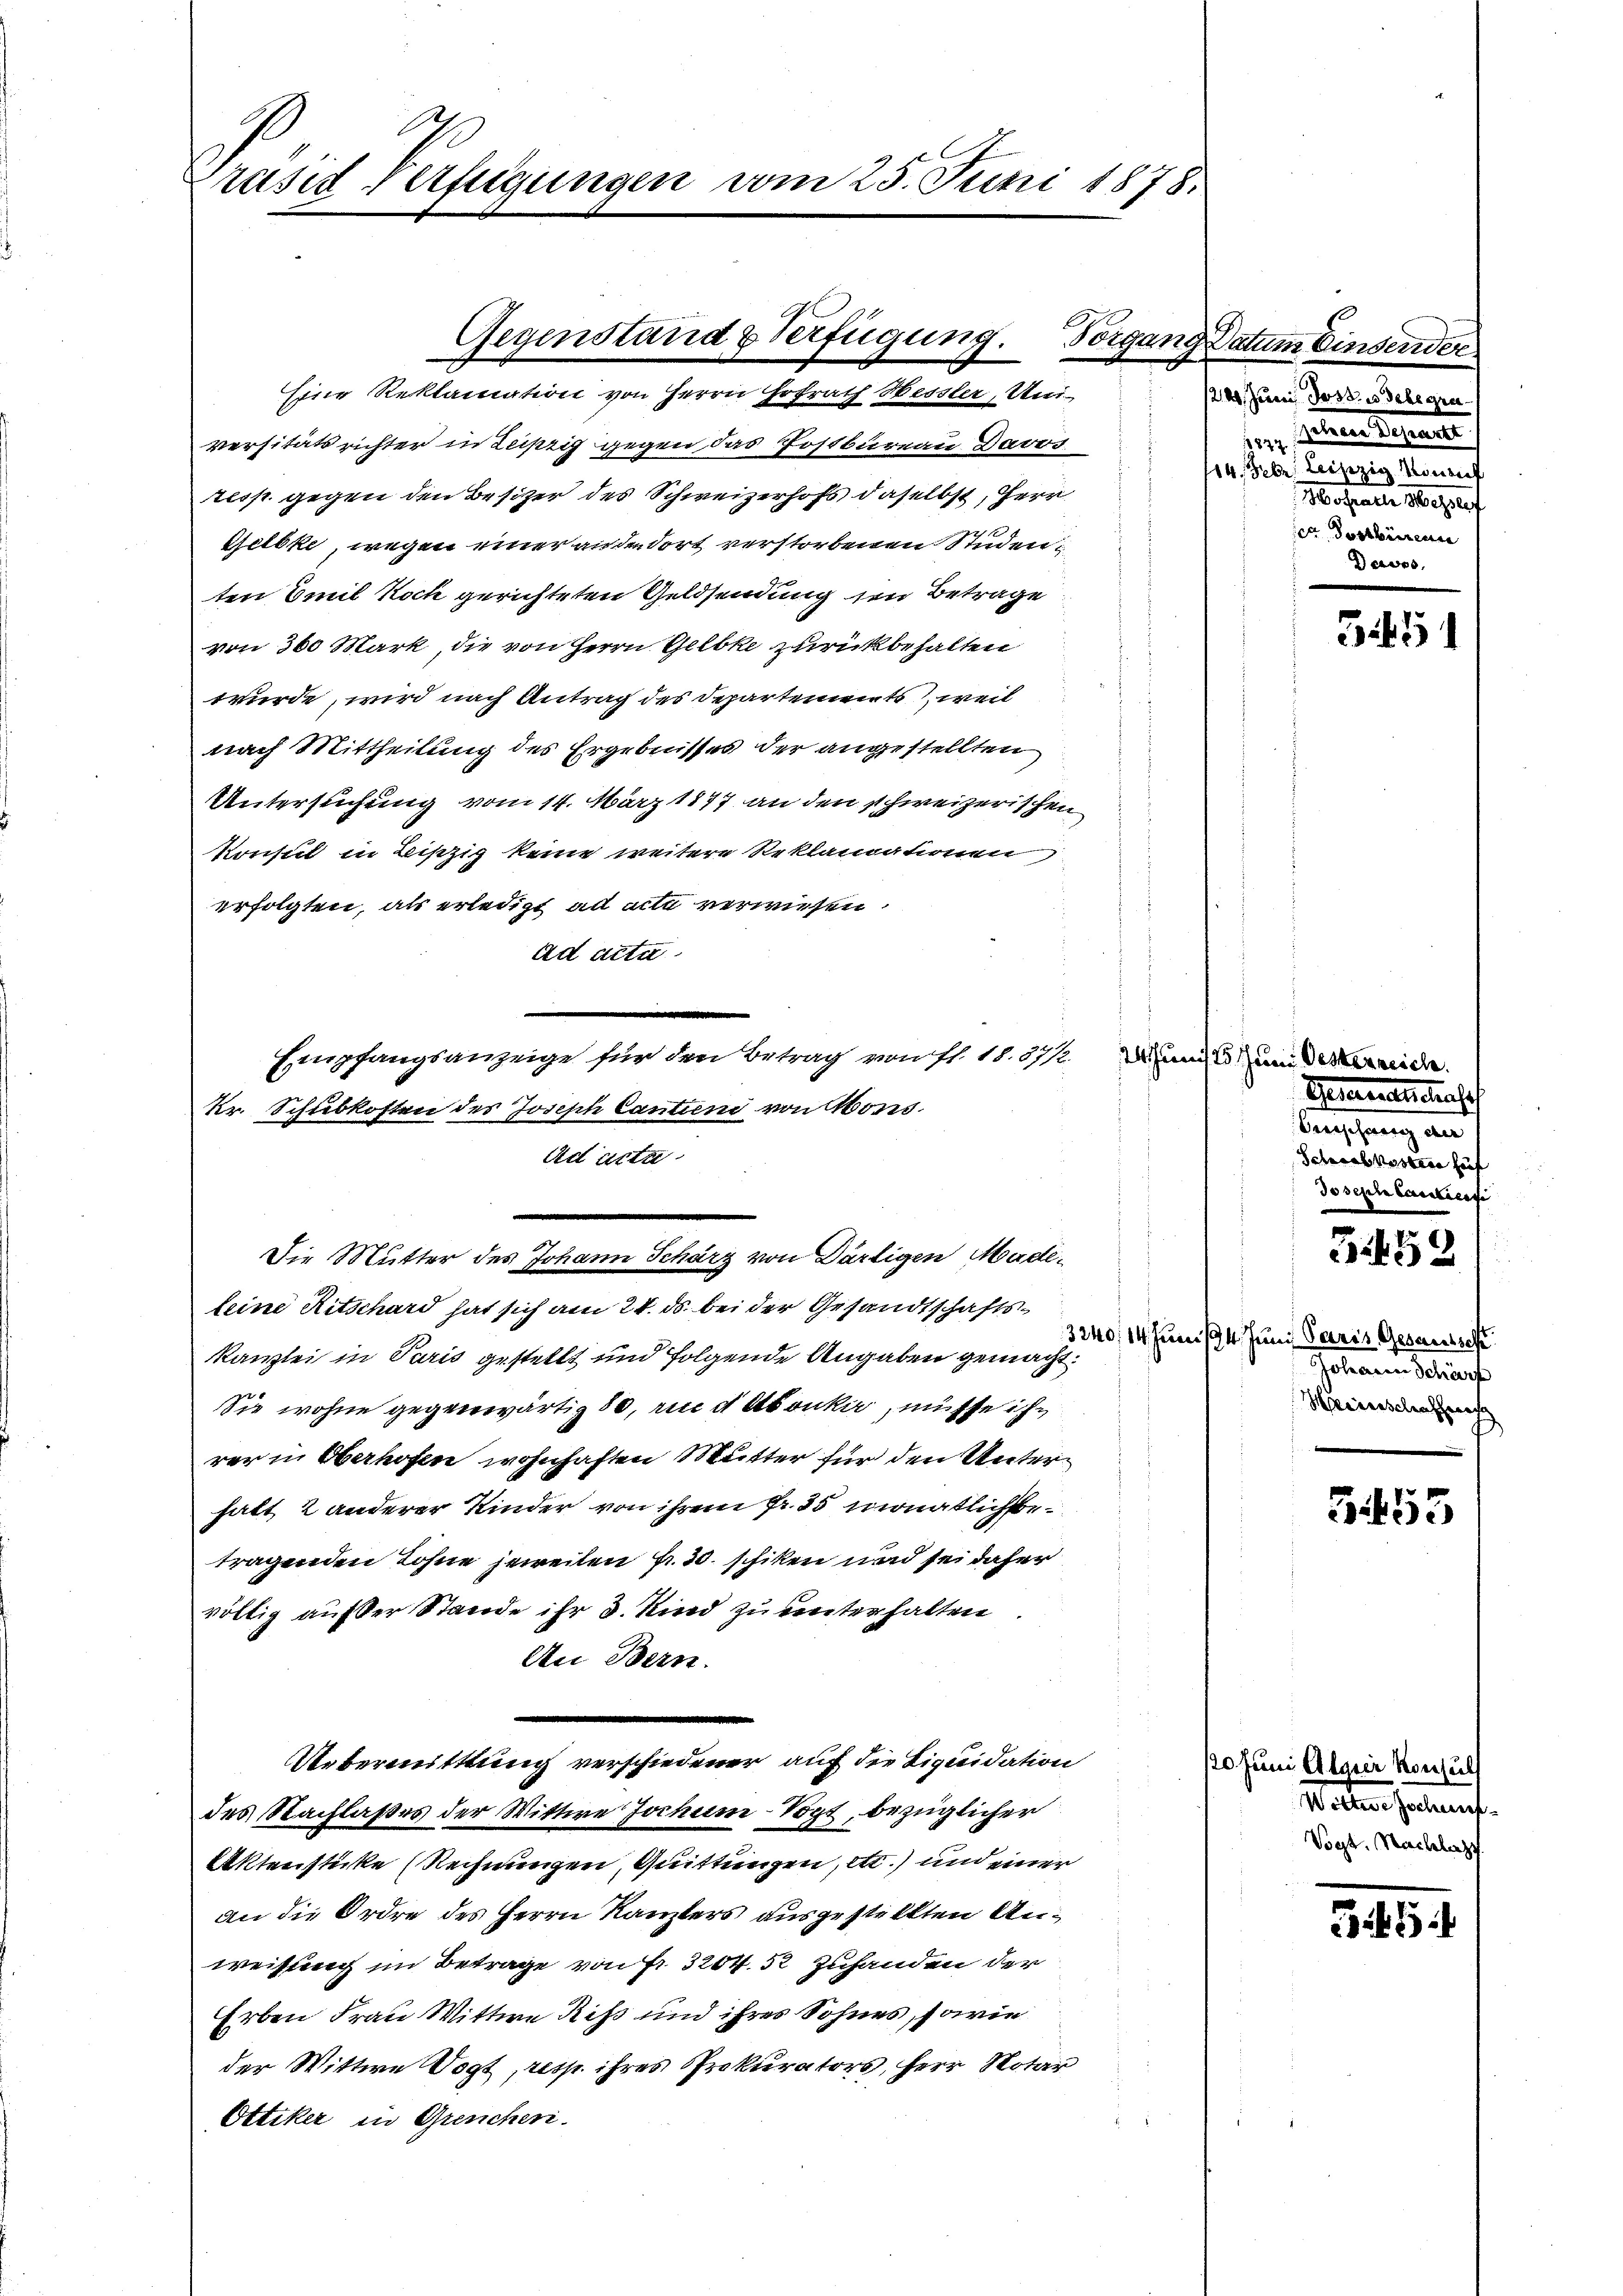
rusid verfügungen vom 25. Juni 1878.

Eine Reklamation von Herrn Hofrath Hessler, Uni-
versitäts richter in Zufrig gegen das Postbureau. Davos.
resp. gegen den Besitzer des Schweizerhofs, daselbst, Herr
Gelbke, wegen einer ause dort verstorbenen Studen
ten Emil Koch gerichteten Geldsendung den Betrage
von 360 Mark, die von Herrn Gelbke zurückbehalten
würde, wird nach Antrag des Departements, weil
nach Mittheilung des Ergebnisses der angestellten
Untersuchung vom 14. März 1877 an den schweizerischen
Konsul in Liszig keine weitere Reklamationen
erfolgten, als erledigt ad acte verwiesen.
ad acta.

Empfangsanzeige für den Betrag von fl. 18. 3712
kr. Schubkoften des Joseph Cantin von Mons.
Ad acta

Gegenstand & Verfügung.
Tonge

Die Mutter des Johann Scharz von Därtigen Madeleine Ritschard hat sich am 24. ds. bei der Gesandtschaftskanzlei in Paris gestellt und folgende Angaben gemacht.
Sie wohne gegenwärtig 80, und Abonka, müsse ih
rer in Oberhofen wohnhaften Mutter für den Unterhalt, 2 anderer Kinder von ihrem fr. 35 monatlichetragenden Lohne jeweilen Fr. 30. schiken und sei daher
völlig auf der Stande ihr d. Kind zu unterhalten
An Bern.
Uebermittlung verschiedener auf die Liquidation
des Nachlaßes der Wittwe Jochum-Vogt, bezüglicher
Aktensticke (Rechnungen, Quittungen, etc.) und einer
an die Ordre des Herrn Kanzlers ausgestellten Anweisung im Betrage von Fr. 3204. 52 Zuhanden der
Erben Frau Wittwe Riß und ihres Sohnes, sowie
der Wittwe Vogt, resp. ihres Prokurators, Herr Notar
Ottiker in Grenchen.

ng Datum Einderer
1220. Juni Jost, wo delegra
inen Scharte
1827.
114. Febr. Leipzig Sonnt
Hochwalle Bergreif
cn dortiren
Davos.

51451

24. Juni 25 Juni Oesterreich.
Gesandtschaf
Ansehung an
Schrieb kosten hief
Joseph Caritierse

.
 52

3240, 14 Juni 194. Juni, Paris Gesandtsche
Johann Schärf
Heisenschenrech

455

120. Juni Algier Konsul
Wetten haben.
Vogt. Nachlags

741.